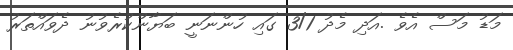
މަޑު މަސް އެވެ .އަދި މެދު 3/1 ގައި ހުންނަނީ ބަޔާންކުރެވުނު ދެވައްތަރު